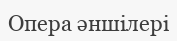
Опера әншілері